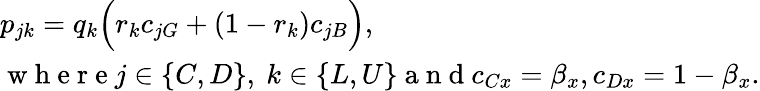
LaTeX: \begin{array}{l}{p_{jk}=q_{k}\Big(r_{k}c_{jG}+(1-r_{k})c_{jB}\Big),}\\ {\mathrm{~w~h~e~r~e~}j\in\{ C,D\} ,\ k\in\{ L,U\} \mathrm{~a~n~d~}c_{Cx}=\beta_{x},c_{Dx}=1-\beta_{x}.}\end{array}